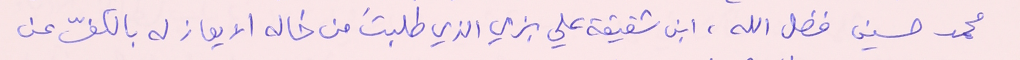
محمد حسين فضل الله، ابن شقيقة علي بزي الذي طلبتَ من خاله الايعاز له بالكفّ عن